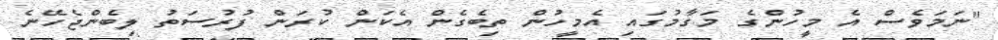
"ނަމަވެސް އެ މީހުންގެ މަގާމުގައި އެމީހުން ތިބެގެން އެކަން ކުރަން ފުރުސަތު ލިބެންޖެހޭނެ